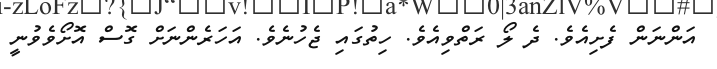
އަންނަން ފެށިއެވެ. ދެ ލޯ ރަތްވިއެވެ. ހިތުގައި ޖެހުނެވެ. އަހަރެންނަށް ގޮސް އޮށޯވެވުނީ